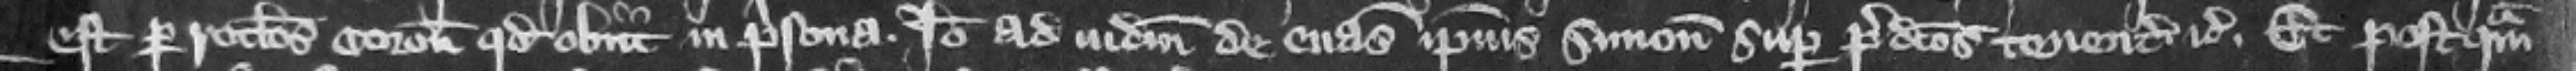
est per rotulos coronatorum quod obiit in prisona. Ideo ad iudicium de euasione ipsius Simonis super predictos tenentes etc. Et postquam